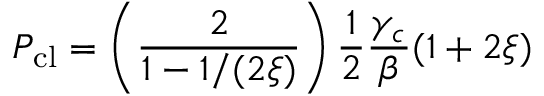
P _ { \mathrm { c l } } = \left( \frac { 2 } { 1 - 1 / ( 2 \xi ) } \right) \frac { 1 } { 2 } \frac { \gamma _ { c } } { \beta } ( 1 + 2 \xi )